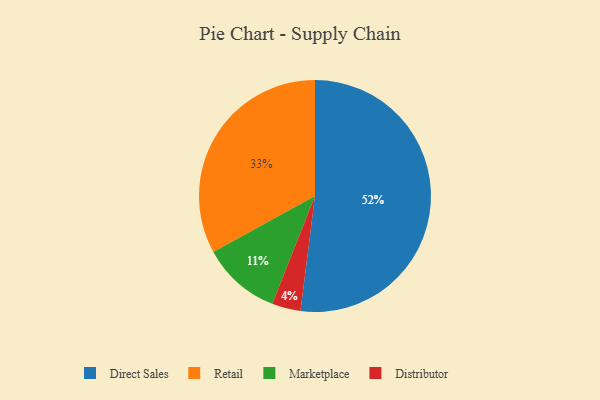
{"axis": {"x": "Category", "y": "Percentage"}, "legend": ["Direct Sales", "Distributor", "Marketplace", "Retail"], "data": [{"x": "Retail", "y": 33, "type": "Retail"}, {"x": "Marketplace", "y": 11, "type": "Marketplace"}, {"x": "Distributor", "y": 4, "type": "Distributor"}, {"x": "Direct Sales", "y": 52, "type": "Direct Sales"}]}